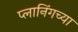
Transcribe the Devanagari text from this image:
प्लानिंगच्या